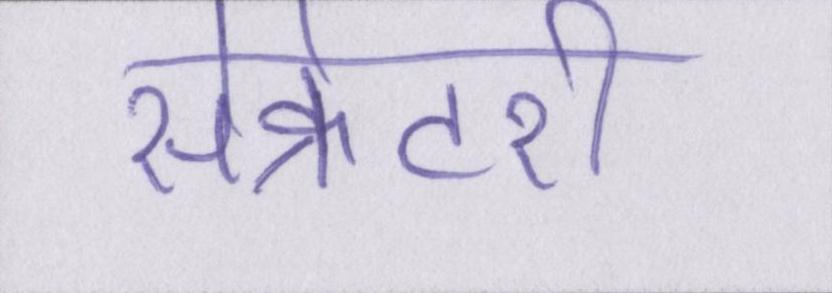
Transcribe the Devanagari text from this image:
सेक्रेटरी